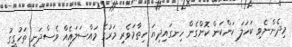
މިދެންނެވި ކަހަލަ ކަންކަން ކޮށްގެން ހިނގައިދިޔަ ހިތާމަވެރި މަރުގެ މައްސަލައެއް ވެސްދަނީ ތަހުގީގު